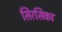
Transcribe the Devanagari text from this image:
सिरसिका